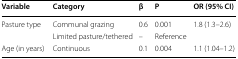
| Variable | Category | β | P | OR (95% CI) |
 | --- | --- | --- | --- | --- |
 | Pasture type | Communal grazing | 0.6 | 0.001 | 1.8 (1.3–2.6) |
 |  | Limited pasture/tethered | – | Reference |  |
 | Age (in years) | Continuous | 0.1 | 0.004 | 1.1 (1.04–1.2) |